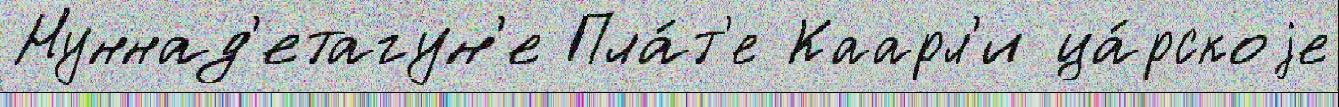
Нуннад'етагун'е Пла́т'е Каарл'и ца́рскоjе